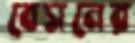
বেসনের